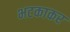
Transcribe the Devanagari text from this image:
भटकाकर